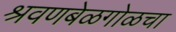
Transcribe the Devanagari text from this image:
श्रवणबेळगोळचा